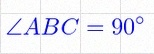
\angle ABC=90^\circ